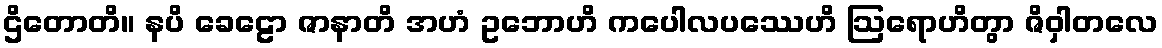
ဌိတောတိ။ နပိ ခေဠော ဇာနာတိ အဟံ ဥဘောဟိ ကပေါလပဿေဟိ ဩရောဟိတွာ ဇိဝှါတလေ